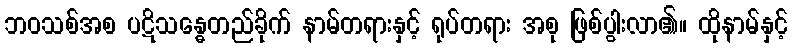
ဘဝသစ်အစ ပဋိသန္ဓေတည်ခိုက် နာမ်တရားနှင့် ရုပ်တရား အစု ဖြစ်ပွါးလာ၏။ ထိုနာမ်နှင့်